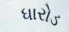
ધારોડ